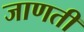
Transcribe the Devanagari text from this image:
जाणती